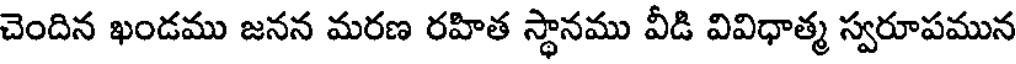
చెందిన ఖండము జనన మరణ రహిత స్థానము వీడి వివిధాత్మ స్వరూపమున